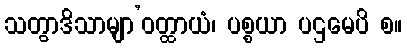
သတွာဒိသာမျာ’ဝတ္ထာယံ၊ ပစ္စယာ ပဌမေပိ စ။